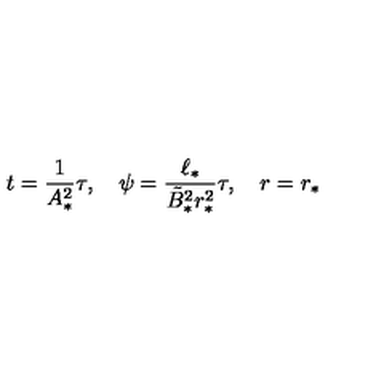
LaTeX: t = { \frac { 1 } { A _ { * } ^ { 2 } } } \tau , \quad \psi = { \frac { \ell _ { * } } { \tilde { B } _ { * } ^ { 2 } r _ { * } ^ { 2 } } } \tau , \quad r = r _ { * }